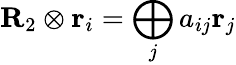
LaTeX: {\mathbf R_{2}}\otimes{\mathbf r_{i}}=\bigoplus_{j}a_{ij}{\mathbf r_{j}}